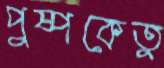
পুষ্পকেতুু